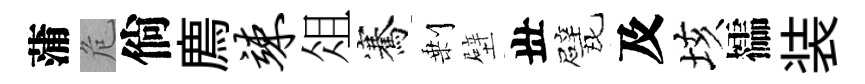
蒲危倘廌竦俎騫剰壁丗戏及垓櫺装